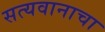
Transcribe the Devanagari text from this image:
सत्यवानाचा